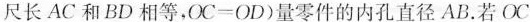
尺长AC和BD相等，$$O C = O D$$ )量零件的内孔直径AB。若$$OC